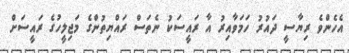
އެހެންވެ ރިޔާސީ ދައުރު ހަމަވާއިރު އާ ރައީސަކު ނެތަސް ރައްޔިތުންގެ މަޖިލީހުގެ ރައީސަށް